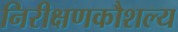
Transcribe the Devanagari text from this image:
निरीक्षणकौशल्य